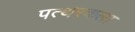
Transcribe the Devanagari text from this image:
पत्थरकला